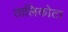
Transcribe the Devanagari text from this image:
तालिकोटा